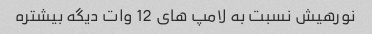
نورهیش نسبت به لامپ های 12 وات دیگه بیشتره